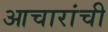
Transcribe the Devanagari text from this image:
आचारांची